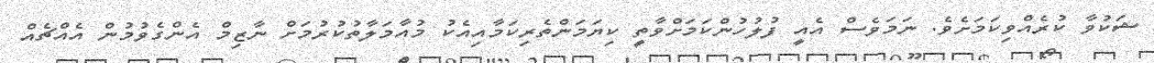
ޝަކުވާ ކުރެއްވިކަމަށެވެ. ނަމަވެސް އެއީ ފުލުހުންކަމަށްވާތީ ކިޔަމަންތެރިކަމާއިއެކު މުއާމަލާތުކުރުމަށް ނާޒިމް އެންގެވުމުން އެއްޗެއް